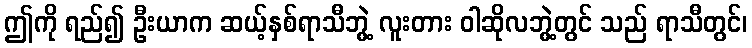
ဤကို ရည်၍ ဦးယာက ဆယ့်နှစ်ရာသီဘွဲ့ လူးတား ဝါဆိုလဘွဲ့တွင် သည် ရာသီတွင်၊